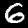
Digit: 6